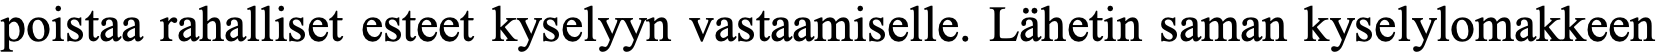
poistaa rahalliset esteet kyselyyn vastaamiselle. Lähetin saman kyselylomakkeen